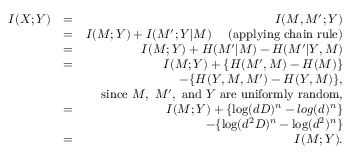
\begin{array} { r l r } { I ( X ; Y ) } & { = } & { I ( M , M ^ { \prime } ; Y ) } \\ & { = } & { I ( M ; Y ) + I ( M ^ { \prime } ; Y | M ) ~ ~ ~ ~ \mathrm { ( a p p l y i n g ~ c h a i n ~ r u l e ) } } \\ & { = } & { I ( M ; Y ) + H ( M ^ { \prime } \vert M ) - H ( M ^ { \prime } \vert Y , M ) } \\ & { = } & { I ( M ; Y ) + \{ H ( M ^ { \prime } , M ) - H ( M ) \} } \\ & { ~ } & { ~ ~ ~ ~ ~ ~ ~ ~ ~ ~ ~ ~ ~ - \{ H ( Y , M , M ^ { \prime } ) - H ( Y , M ) \} , } \\ & { ~ } & { \mathrm { s i n c e } ~ M , ~ M ^ { \prime } , ~ \mathrm { a n d } ~ Y ~ \mathrm { a r e ~ u n i f o r m l y ~ r a n d o m } , } \\ & { = } & { I ( M ; Y ) + \{ \log ( d D ) ^ { n } - l o g ( d ) ^ { n } \} } \\ & { ~ } & { ~ ~ ~ ~ ~ ~ ~ ~ ~ ~ ~ ~ ~ - \{ \log ( d ^ { 2 } D ) ^ { n } - \log ( d ^ { 2 } ) ^ { n } \} } \\ & { = } & { I ( M ; Y ) . } \end{array}